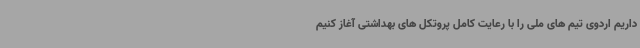
داریم اردوی تیم های ملی را با رعایت کامل پروتکل های بهداشتی آغاز کنیم